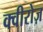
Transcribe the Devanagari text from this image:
क्वीरोज़